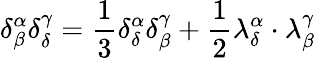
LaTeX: \delta_{\beta}^{\alpha}\delta_{\delta}^{\gamma}={\frac{1}{3}}\delta_{\delta}^{\alpha}\delta_{\beta}^{\gamma}+{\frac{1}{2}}\lambda_{\delta}^{\alpha}\cdot\lambda_{\beta}^{\gamma}